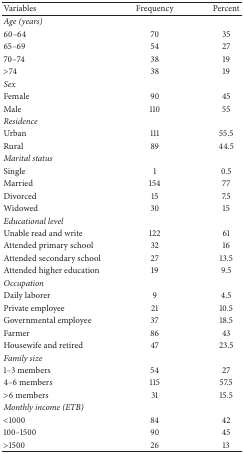
| Variables | Frequency | Percent |
 | --- | --- | --- |
 | Age (years) |  |  |
 | 60–64 | 70 | 35 |
 | 65–69 | 54 | 27 |
 | 70–74 | 38 | 19 |
 | >74 | 38 | 19 |
 | Sex |  |  |
 | Female | 90 | 45 |
 | Male | 110 | 55 |
 | Residence |  |  |
 | Urban | 111 | 55.5 |
 | Rural | 89 | 44.5 |
 | Marital status |  |  |
 | Single | 1 | 0.5 |
 | Married | 154 | 77 |
 | Divorced | 15 | 7.5 |
 | Widowed | 30 | 15 |
 | Educational level |  |  |
 | Unable read and write | 122 | 61 |
 | Attended primary school | 32 | 16 |
 | Attended secondary school | 27 | 13.5 |
 | Attended higher education | 19 | 9.5 |
 | Occupation |  |  |
 | Daily laborer | 9 | 4.5 |
 | Private employee | 21 | 10.5 |
 | Governmental employee | 37 | 18.5 |
 | Farmer | 86 | 43 |
 | Housewife and retired | 47 | 23.5 |
 | Family size |  |  |
 | 1–3 members | 54 | 27 |
 | 4–6 members | 115 | 57.5 |
 | >6 members | 31 | 15.5 |
 | Monthly income (ETB) |  |  |
 | <1000 | 84 | 42 |
 | 100–1500 | 90 | 45 |
 | >1500 | 26 | 13 |